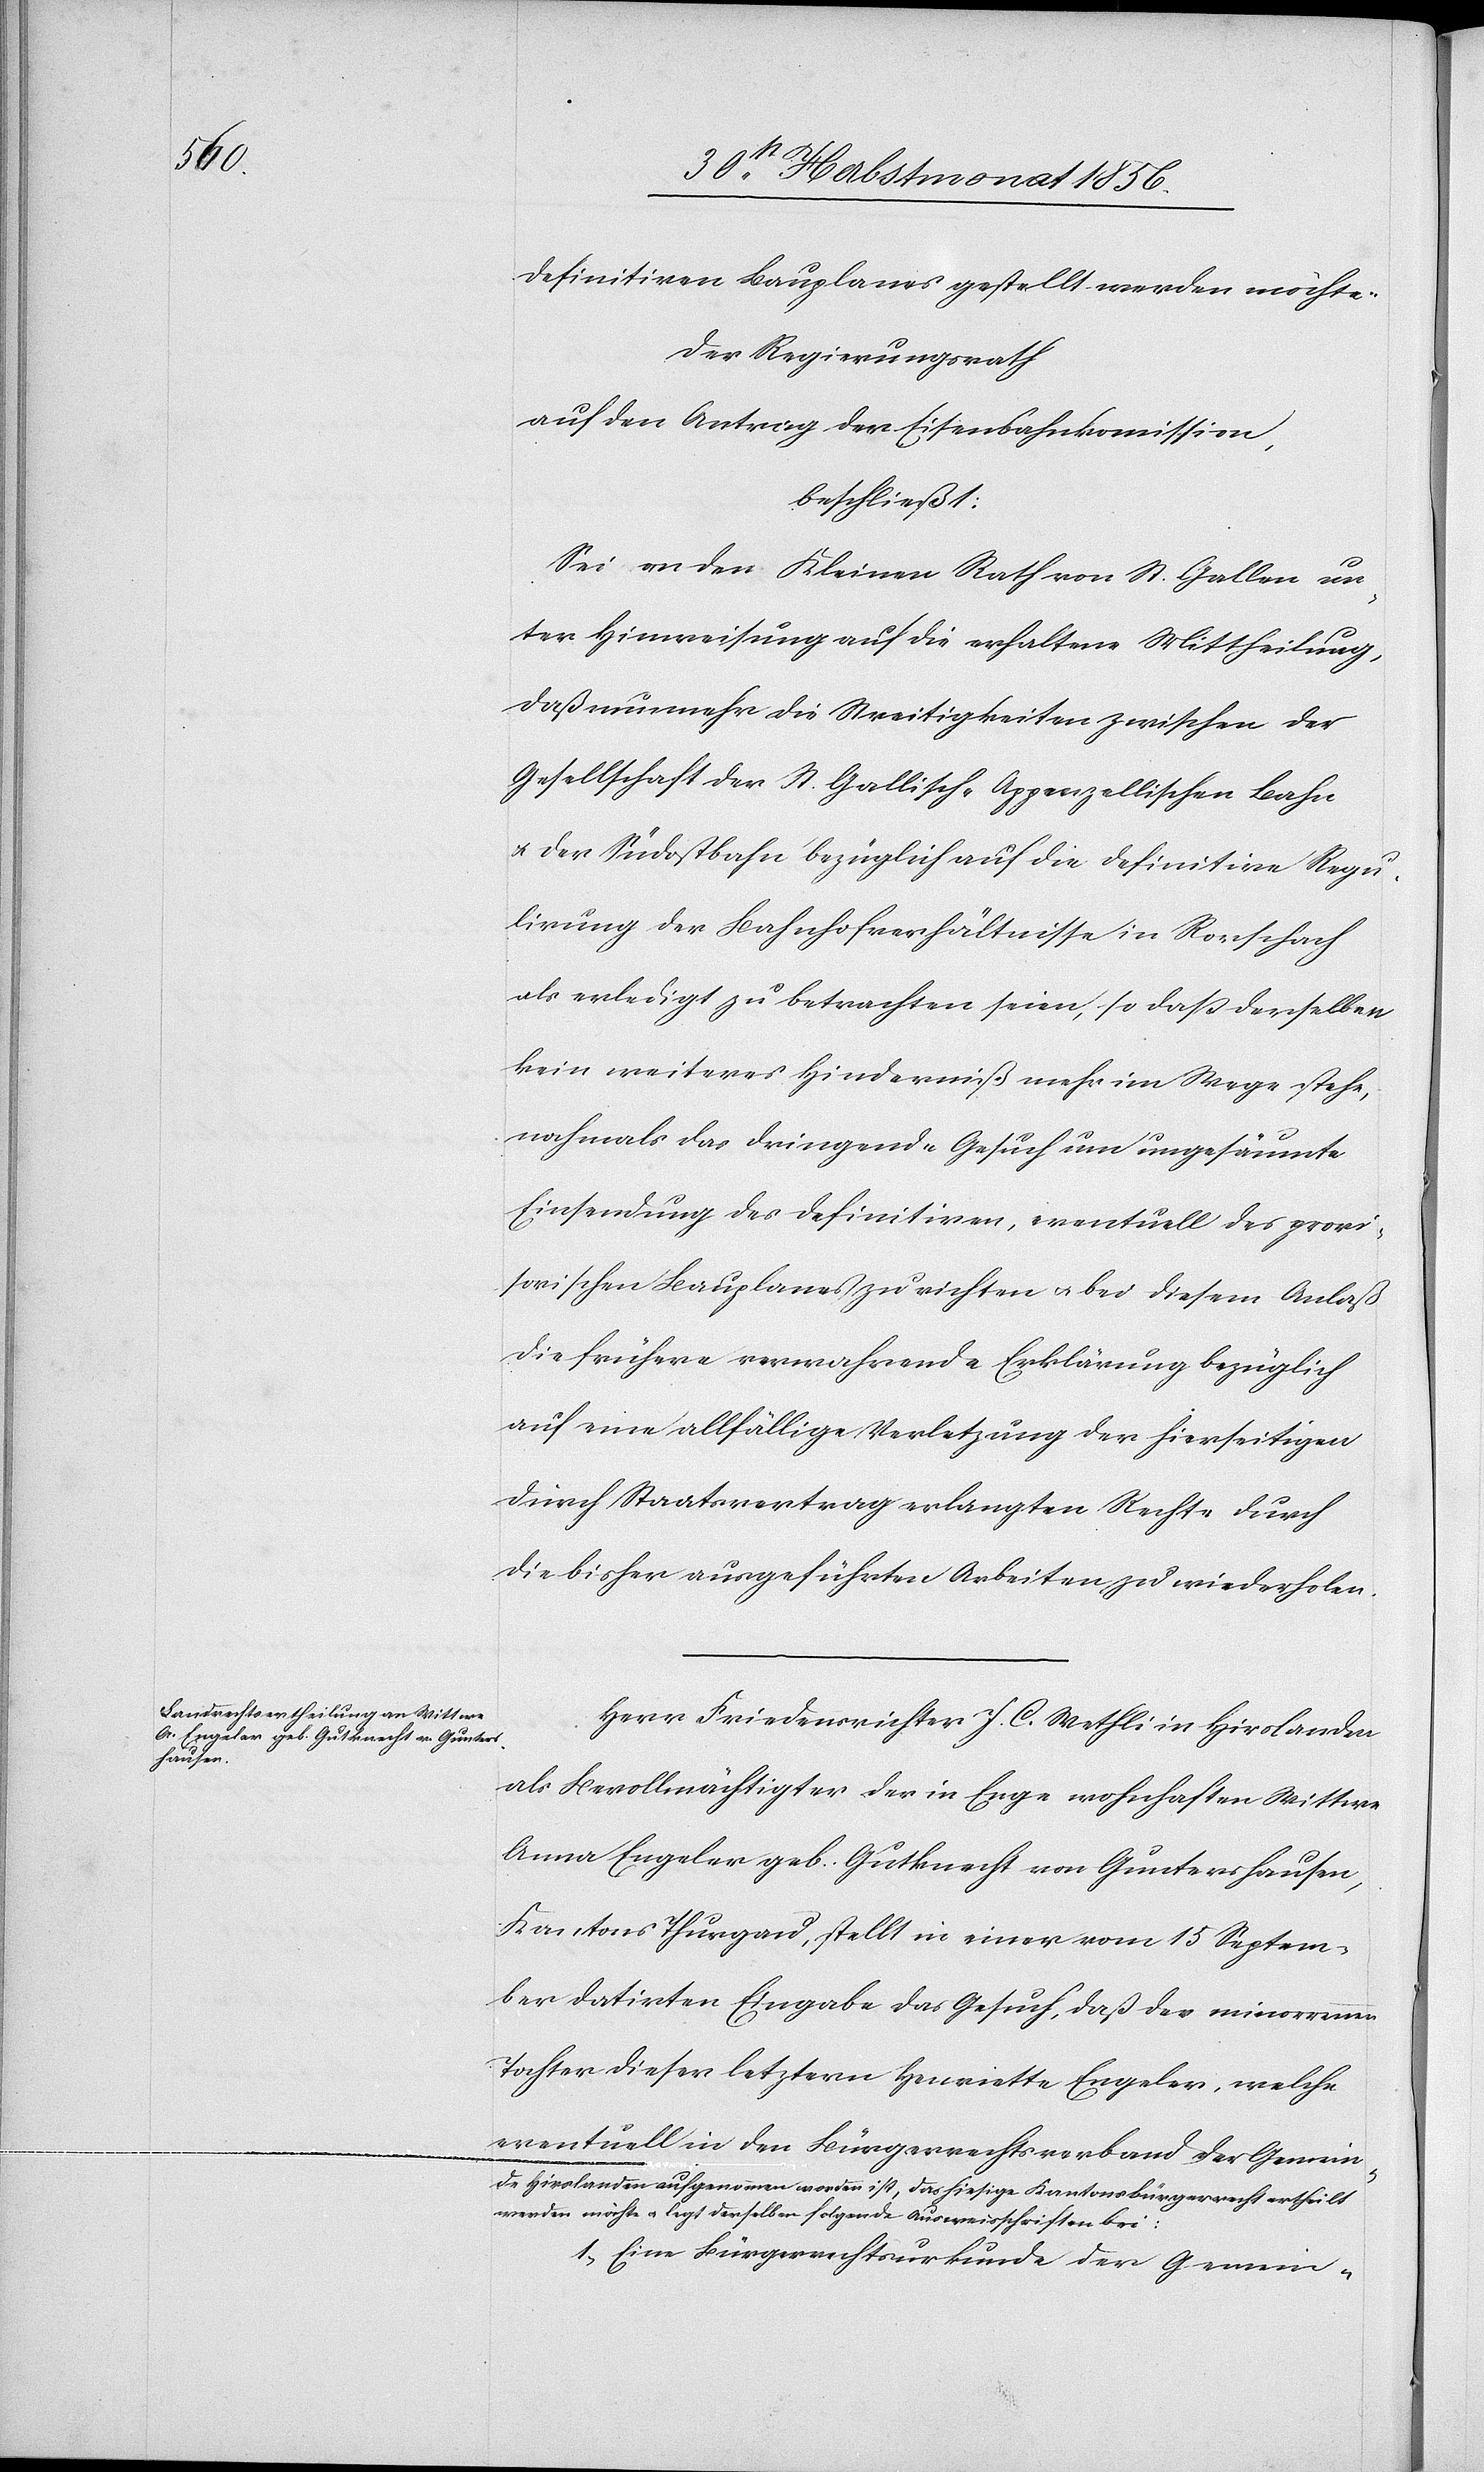
definitiven Bauplanes gestellt werden möchte.
Der Regierungsrath
auf den Antrag der Eisenbahnkommission,
beschließt:
Sei an den Kleinen Rath von St. Gallen un¬
ter Hinweisung auf die erhaltene Mittheilung,
daß nunmehr die Streitigkeiten zwischen der
Gesellschaft der St. Gallisch-Appenzellischen Bahn
u. der Südostbahn bezüglich auf die definitive Regu¬
lirung der Bahnhofverhältnisse in Rorschach
als erledigt zu betrachten seien, so dass derselben
kein weiteres Hinderniß mehr im Wege stehe,
nochmals das dringende Gesuch um ungesäumte
Einsendung des definitiven, eventuell des provi¬
sorischen Bauplanes zu richten u. bei diesem Anlaß
die frühere verwahrende Erklärung bezüglich
auf eine allfällige Verletzung der hierseitigen
durch Staatsvertrag erlangten Rechte durch
die bisher ausgeführten Arbeiten zu wiederholen.
Herr Friedensrichter J. C. Wethli in Hirslanden
als Bevollmächtigter der in Enge wohnhaften Wittwe
Anna Engeler geb. Gutknecht von Guntershausen,
Kantons Thurgau, stellt in einer vom 15 Septem¬
ber datirten Eingabe das Gesuch, daß der minorrennen
Tochter dieser letztern Henriette Engeler, welche
eventuell in den Bürgerrechtsverband der Gemein-
a-de Hirslanden aufgenommen worden ist, das hiesige Kantonsbürgerrecht ertheilt
werden möchte u. legt derselben folgende Ausweisschriften bei:
1.) Eine Bürgerrechtsurkunde der Gemein--a